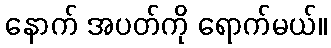
နောက် အပတ်ကို ရောက်မယ်။